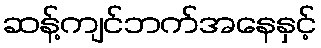
ဆန့်ကျင်ဘက်အနေနှင့်